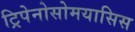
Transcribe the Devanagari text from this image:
ट्रिपेनोसोमयासिस